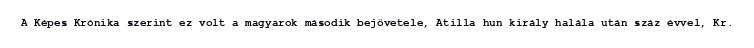
A Képes Krónika szerint ez volt a magyarok második bejövetele, Atilla hun király halála után száz évvel, Kr.